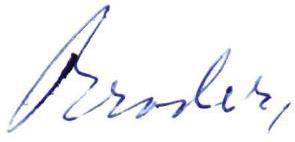
Broder,